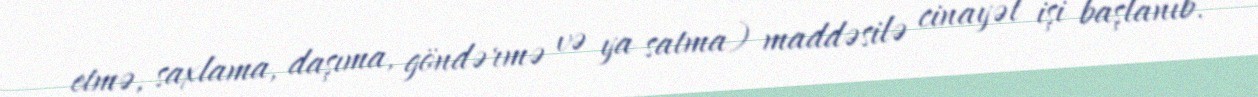
etmə, saxlama, daşıma, göndərmə və ya satma) maddəsilə cinayət işi başlanıb.